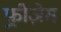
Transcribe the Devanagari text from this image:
फ़्रीज़ेस